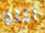
أكلوا